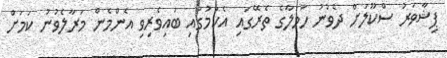
ޕިޝާވަރު ސްކޫލަށް ދެވުނު ހަމަލާގެ ތެރޭގައި އެކަމުގައި ބައިވެރިވި އެންމެން މަރާލެވުނު ކަމަށް